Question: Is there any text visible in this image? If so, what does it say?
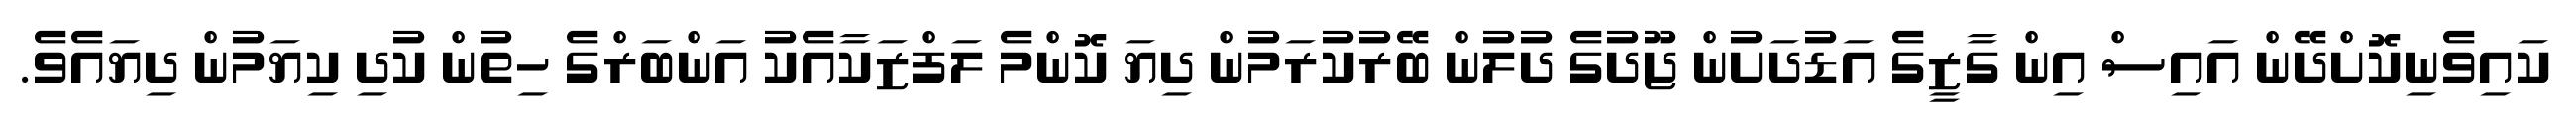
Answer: ކައިވެނިކޮށްދޭން އައިސް އިން ގާޒީގެ އަޑުދަށުން ޖޫދުގެ ދުލުން ބޭރުކުރަމުން ދިޔަ ކޮންމެ ލަފްޒަކާއެކު އަންބަރްގެ ހިތުން ކުދި ކިޔަމުން ދިޔައެވެ.